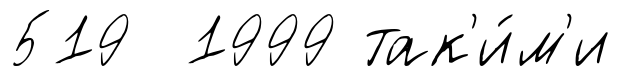
519 1999 так'и́м'и